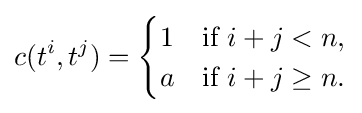
c(t^{i},t^{j})={\begin{cases}1&{\text{if }}i+j<n,\\a&{\text{if }}i+j\geq n.\end{cases}}